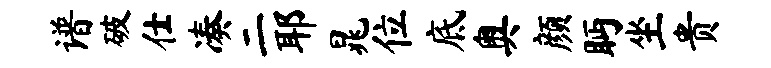
谱破仕凑二耶晁位底奥颜眄坐贵